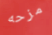
مزحه